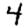
Digit: 4